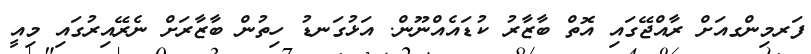
ފަރމިންގއަށް ރާއްޖޭގައި އޮތް ބާޒާރު ކުޑައެއްނޫން. އަޅުގަނޑު ހިތުން ބާޒާރަށް ނެރޭއިރުގައި މިއީ